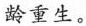
龄重生。